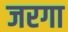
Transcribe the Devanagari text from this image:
जरगा